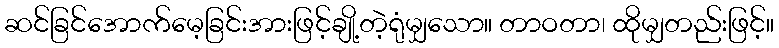
ဆင်ခြင်အောက်မေ့ခြင်းအားဖြင့်ချို့တဲ့ရုံမျှသော။ တာဝတာ၊ ထိုမျှတည်းဖြင့်။